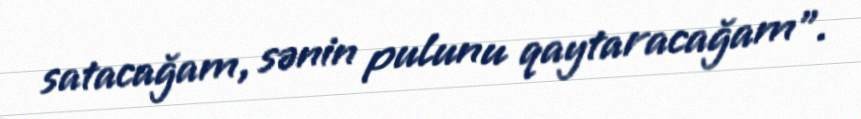
satacağam, sənin pulunu qaytaracağam”.